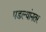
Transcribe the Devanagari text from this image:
पडल्यांनतर